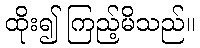
ထိုး၍ ကြည့်မိသည်။